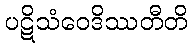
ပဋိသံဝေဒိဿတီတိ